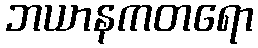
ဘယာနကတရော